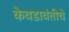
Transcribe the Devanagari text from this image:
केवडावंतीचे